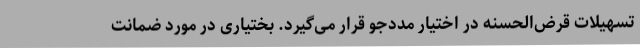
تسهیلات قرض‌الحسنه در اختیار مددجو قرار می‌گیرد. بختیاری در مورد ضمانت